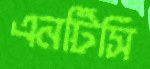
এনটিসি